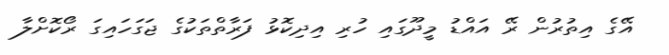
އޭގެ އިތުރުން ރޭ އައްޑު މީދޫގައި ހުރި އިދިކޮޅު ފަރާތްތަކުގެ ޖަގަހައިގަ ރޯކޮށްލާ